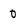
Character: 0